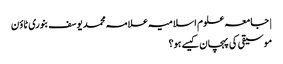
| جامعہ علوم اسلامیہ علامہ محمد یوسف بنوری ٹاؤن
موسیقی کی پہچان کیسے ہو؟